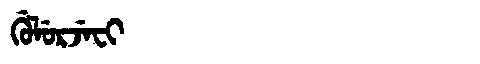
Manchu: ᡤᡠᠯᡠᡵᠵᡝᠸᡳ
Romanization: GULURJEFI